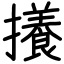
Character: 攁